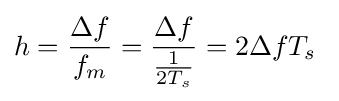
h={\frac {\Delta {}f}{f_{m}}}={\frac {\Delta {}f}{\frac {1}{2T_{s}}}}=2\Delta {}fT_{s}\